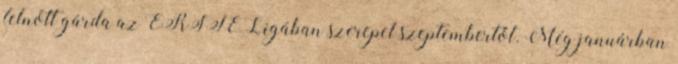
felnőtt gárda az ERSTE Ligában szerepel szeptembertől. Még januárban